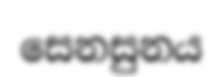
සෙනසුනය